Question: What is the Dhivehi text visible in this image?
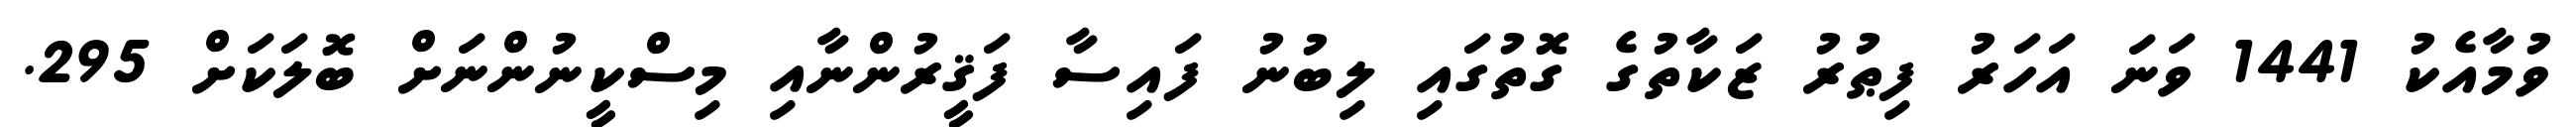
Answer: ވުމާއެކު 1441 ވަނަ އަހަރު ފިޠުރު ޒަކާތުގެ ގޮތުގައި ލިބުނު ފައިސާ ފަޤީރުންނާއި މިސްކީނުންނަށް ބޮލަކަށް 295.